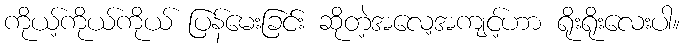
ကိုယ့်ကိုယ်ကိုယ် ပြန်မေးခြင်း ဆိုတဲ့အလေ့အကျင့်ဟာ ရိုးရိုးလေးပါ။